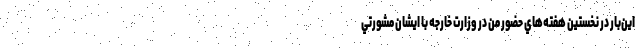
اين‌بار در نخستين هفته‌هاي حضور من در وزارت خارجه با ايشان مشورتي